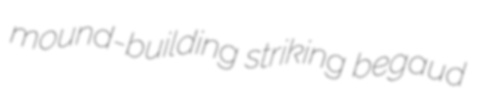
mound-building striking begaud